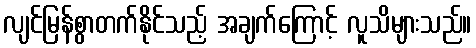
လျင်မြန်စွာတက်နိုင်သည့် အချက်ကြောင့် လူသိများသည်။